Indian journal of veterinary science and animal husbandry - Volumes 18-21, 1948-1951
Year: 1948
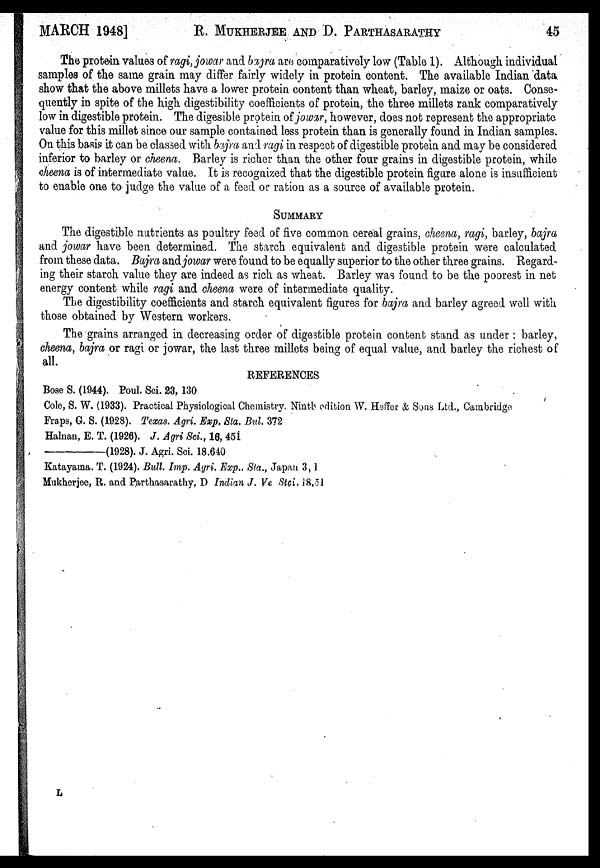
MARCH 1948]
R. MUKHERJEE AND D.
PARTHASARATHY
45
The protein values of ragi, jowar and bajra are comparatively low (Table 1). Although individual
samples of the same grain may differ fairly widely in protein content. The available Indian data
show that the above millets have a lower protein content than wheat, barley, maize or oats. Conse-
quently in spite of the high digestibility coefficients of protein, the three millets rank comparatively
low in digestible protein. The digesible protein of jowar, however, does not represent the appropriate
value for this millet since our sample contained less protein than is generally found in Indian samples.
On this basis it can be classed with bajra and ragi in respect of digestible protein and may be considered
inferior to barley or cheena. Barley is richer than the other four grains in digestible protein, while
cheena is of intermediate value. It is recognized that the digestible protein figure alone is insufficient
to enable one to judge the value of a feed or ration as a source of available protein.
SUMMARY
The digestible nutrients as poultry feed of five common cereal grains, cheena, ragi, barley, bajra
and jowar have been determined. The starch equivalent and digestible protein were calculated
from these data. Bajra and jowar were found to be equally superior to the other three grains. Regard-
ing their starch value they are indeed as rich as wheat. Barley was found to be the poorest in net
energy content while ragi and cheena were of intermediate quality.
The digestibility coefficients and starch equivalent figures for bajra and barley agreed well with
those obtained by Western workers.
The grains arranged in decreasing order of digestible protein content stand as under : barley,
cheena, bajra or ragi or jowar, the last three millets being of equal value, and barley the richest of
all.
REFERENCES
Bose S. (1944). Poul. Sci. 23, 130
Cole, S. W. (1933). Practical Physiological Chemistry. Nintb edition W. Heffer & Sons Ltd., Cambridge
Fraps, G. S. (1928). Texas. Agri. Exp. Sta. Bul. 372
Halnan, E. T. (1926). J. Agri Sci., 16, 451
—(1928).
J. Agri. Sci. 18,610
Katayama. T. (1924). Bull. Imp. Agri. Exp.. Sta., Japan 3, 1
Mukherjee, R. and Parthasarathy, D Indian J. Ve Stci, 18,51